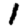
Digit: 1